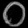
Digit: ၀